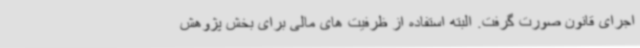
اجرای قانون صورت گرفت. البته استفاده از ظرفیت های مالی برای بخش پژوهش